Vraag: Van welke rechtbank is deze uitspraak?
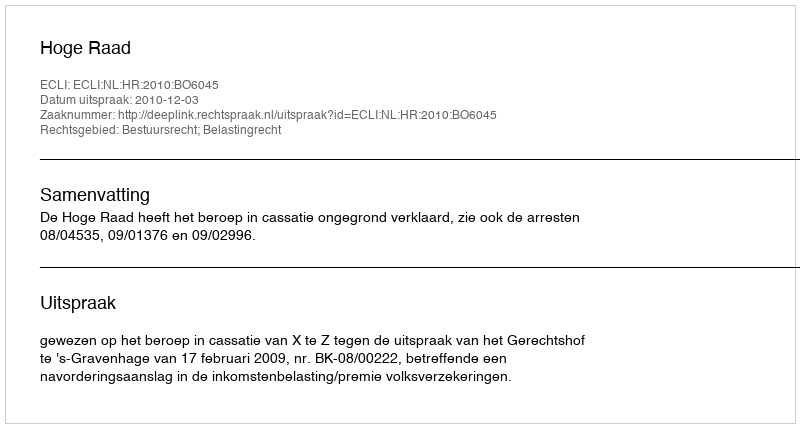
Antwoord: Hoge Raad